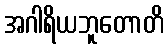
အဂါရိယဘူတောတိ